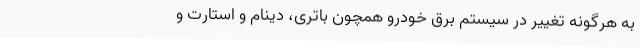
به هرگونه تغییر در سیستم‌ برق خودرو همچون باتری، دینام و استارت و